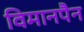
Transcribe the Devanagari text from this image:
विमानपैन